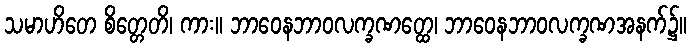
သမာဟိတေ စိတ္တေတိ၊ ကား။ ဘာဝေနဘာဝလက္ခဏတ္ထေ၊ ဘာဝေနဘာဝလက္ခဏအနက်၌။